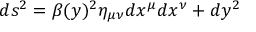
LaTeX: d s ^ { 2 } = \beta ( y ) ^ { 2 } \eta _ { \mu \nu } d x ^ { \mu } d x ^ { \nu } + d y ^ { 2 }